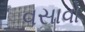
વસાવો